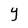
Character: Y